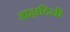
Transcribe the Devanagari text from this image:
आह्वादिनी